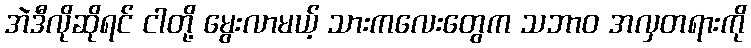
အဲဒီလိုဆိုရင် ငါတို့ မွေးလာမယ့် သားကလေးတွေက သဘာဝ အလှတရားကို